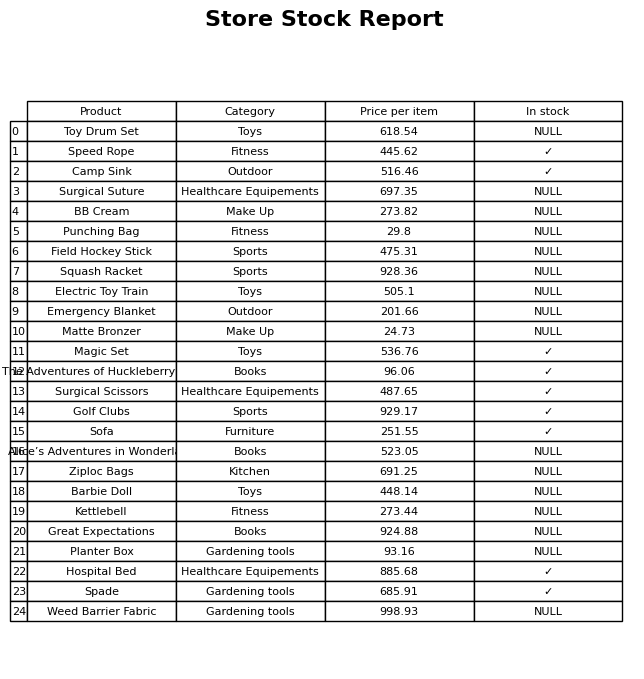
question: What is the price of the Planter Box?
answer: The price of Planter Box is 93.16.